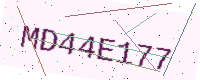
Text: MD44E177